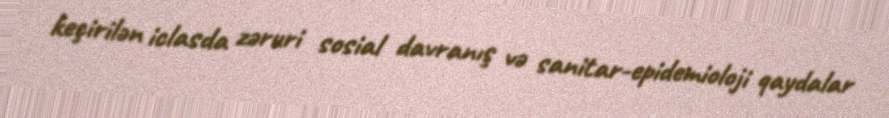
keçirilən iclasda zəruri sosial davranış və sanitar-epidemioloji qaydalar